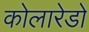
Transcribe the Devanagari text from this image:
कोलारेडो